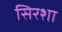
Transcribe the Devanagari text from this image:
सिरशा